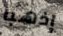
إذهبا